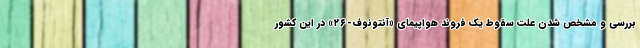
بررسی و مشخص شدن علت سقوط یک فروند هواپیمای «آنتونوف-۲۶» در این کشور